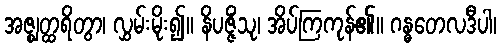
အဇ္ဈတ္ထရိတွာ၊ လွှမ်းမိုး၍။ နိပဇ္ဇိံသု၊ အိပ်ကြကုန်၏။ ဂန္ဓတေလဒီပါ၊